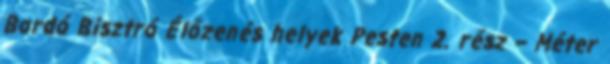
Bordó Bisztró Élőzenés helyek Pesten 2. rész – Méter